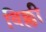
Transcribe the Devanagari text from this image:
विक्ली